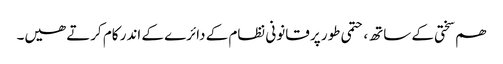
ھم سختی کے ساتھ، حتمی طور پر قانونی نظام کے دائرے کے اندر کام کرتے ھیں۔